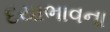
દયાભાવના